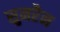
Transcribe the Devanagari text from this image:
सुमरैन